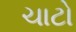
ચાટો